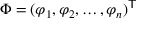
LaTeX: \ \Phi = ( \varphi _ { 1 } , \varphi _ { 2 } , \ldots , \varphi _ { n } ) ^ { \mathsf { T } }